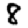
Digit: 8